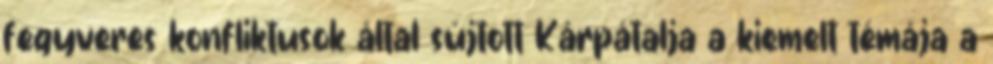
fegyveres konfliktusok által sújtott Kárpátalja a kiemelt témája a